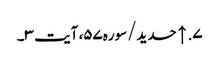
۷. ↑ حدید/سوره۵۷، آیت ۳۔